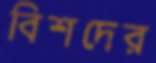
বিশদের